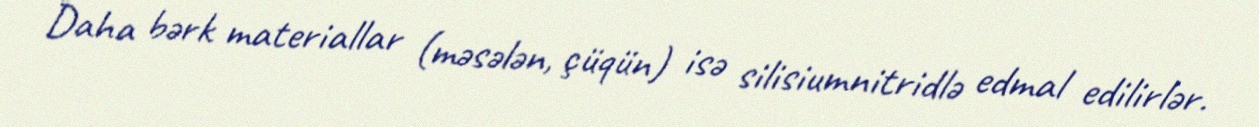
Daha bərk materiallar (məsələn, çüqün) isə silisiumnitridlə edmal edilirlər.